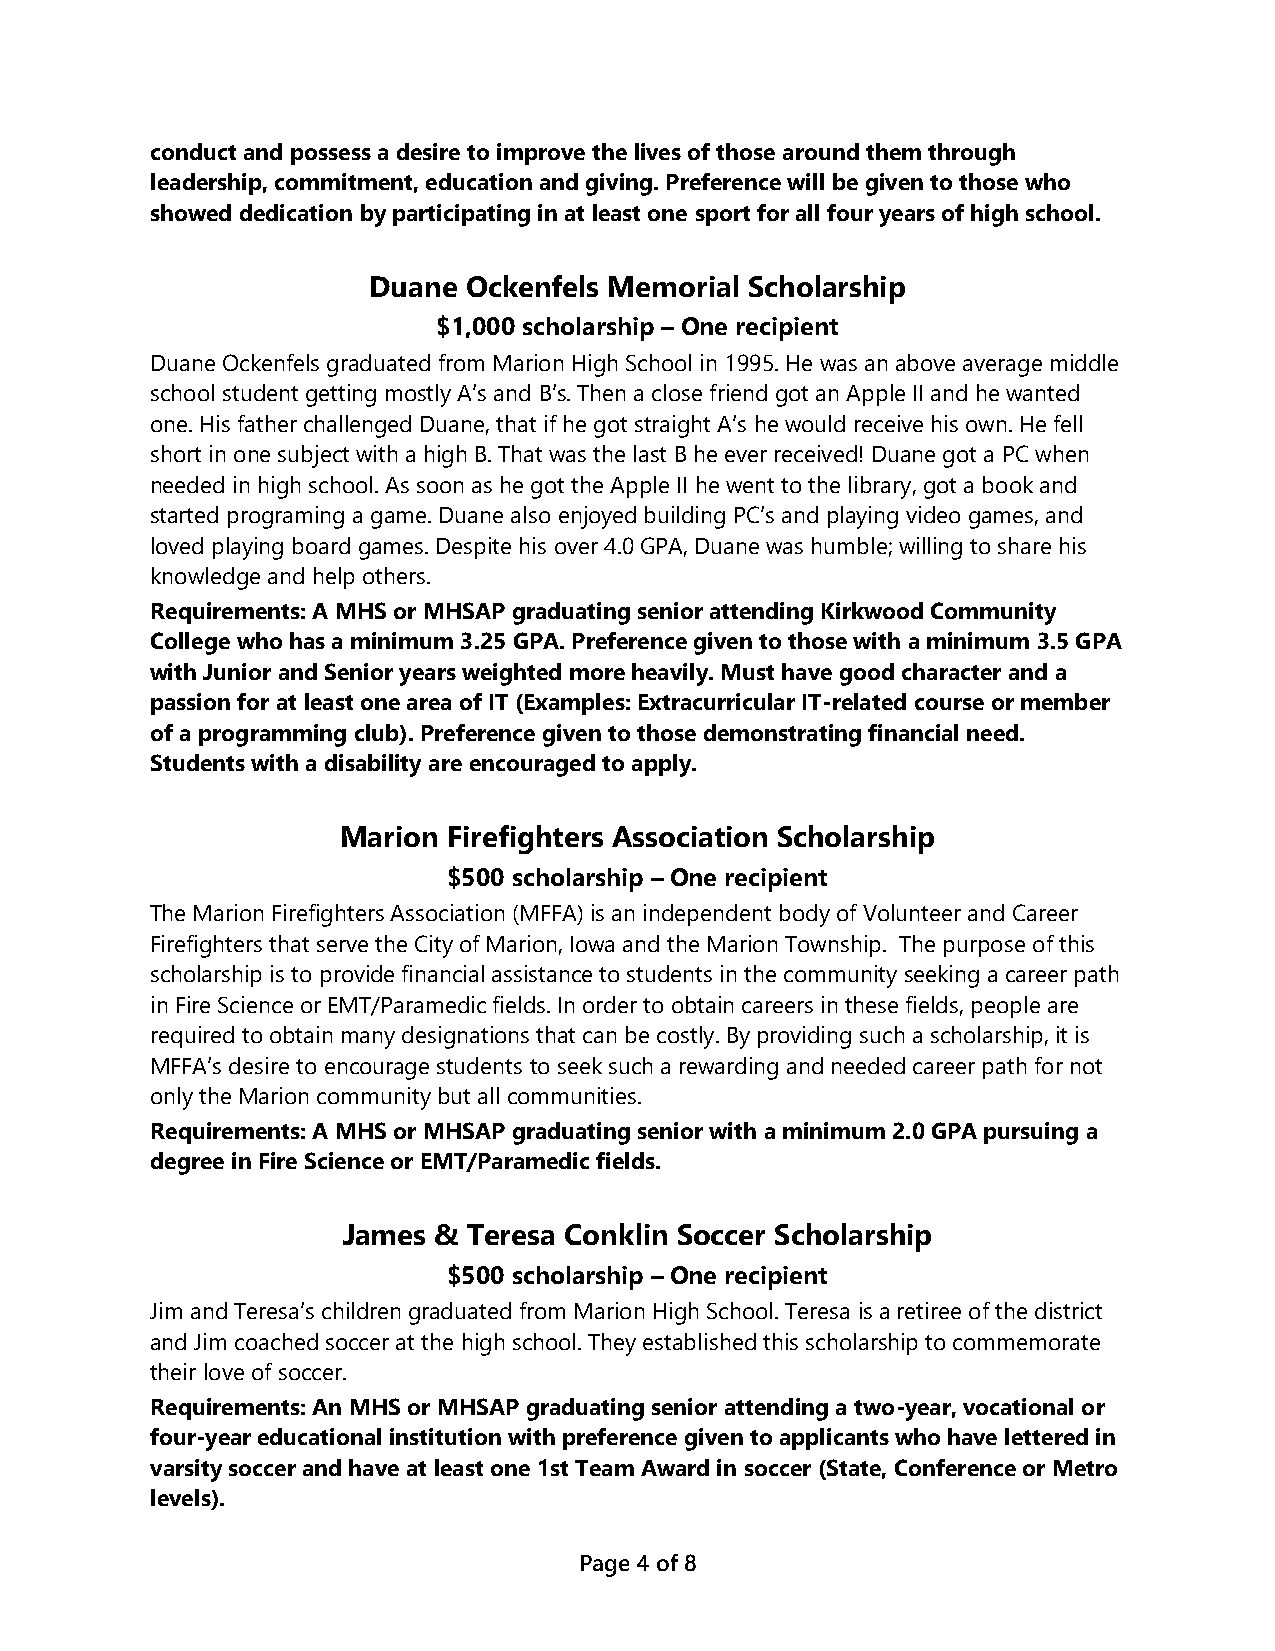
conduct and possess a desire to improve the lives of those around them through
 leadership, commitment, education and giving. Preference will be given to those who
 showed dedication by participating in at least one sport for all four years of high school.
 Duane  Ockenfels Memorial Scholarship
 $1,000 scholarship – One recipient
 Duane Ockenfels graduated from Marion High School in 1995. He was an above average middle
 school student getting mostly A’s and B’s. Then a close friend got an Apple II and he wanted
 one. His father challenged Duane, that if he got straight A’s he would receive his own. He fell
 short in one subject with a high B. That was the last B he ever received! Duane got a PC when
 needed in high school. As soon as he got the Apple II he went to the library, got a book and
 started programing a game. Duane also enjoyed building PC’s and playing video games, and
 loved playing board games. Despite his over 4.0 GPA, Duane was humble; willing to share his
 knowledge and help others.
 Requirements: A MHS or MHSAP graduating senior attending Kirkwood Community
 College who has a minimum 3.25 GPA. Preference given to those with a minimum 3.5 GPA
 with Junior and Senior years weighted more heavily. Must have good character and a
 passion for at least one area of IT (Examples: Extracurricular IT-related course or member
 of a programming club). Preference given to those demonstrating financial need.
 Students with a disability are encouraged to apply.
 Marion  Firefighters Association Scholarship
 $500 scholarship – One recipient
 The Marion Firefighters Association (MFFA) is an independent body of Volunteer and Career
 Firefighters that serve the City of Marion, Iowa and the Marion Township. The purpose of this
 scholarship is to provide financial assistance to students in the community seeking a career path
 in Fire Science or EMT/Paramedic fields. In order to obtain careers in these fields, people are
 required to obtain many designations that can be costly. By providing such a scholarship, it is
 MFFA’s desire to encourage students to seek such a rewarding and needed career path for not
 only the Marion community but all communities.
 Requirements: A MHS or MHSAP graduating senior with a minimum 2.0 GPA pursuing a
 degree in Fire Science or EMT/Paramedic fields.
 James & Teresa Conklin Soccer Scholarship
 $500 scholarship – One recipient
 Jim and Teresa’s children graduated from Marion High School. Teresa is a retiree of the district
 and Jim coached soccer at the high school. They established this scholarship to commemorate
 their love of soccer.
 Requirements: An MHS or MHSAP graduating senior attending a two-year, vocational or
 four-year educational institution with preference given to applicants who have lettered in
 varsity soccer and have at least one 1st Team Award in soccer (State, Conference or Metro
 levels).
 Page 4 of 8